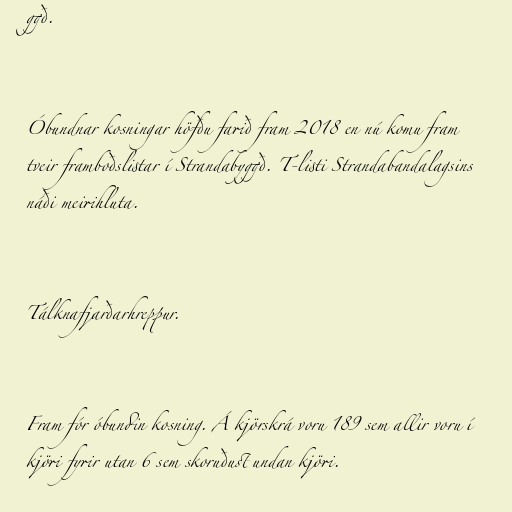
ggð.

Óbundnar kosningar höfðu farið fram 2018 en nú komu fram
tveir framboðslistar í Strandabyggð. T-listi Strandabandalagsins
náði meirihluta.

Tálknafjarðarhreppur.

Fram fór óbundin kosning. Á kjörskrá voru 189 sem allir voru í
kjöri fyrir utan 6 sem skoruðust undan kjöri.